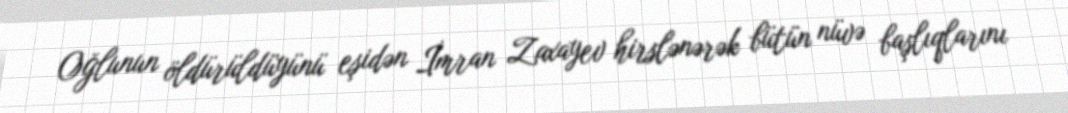
Oğlunun öldürüldüyünü eşidən İmran Zaxayev hirslənərək bütün nüvə başlıqlarını